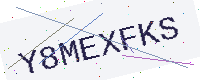
Text: Y8MEXFKS